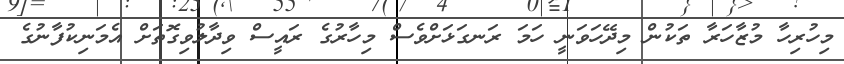
މިހުރިހާ މުޒާހަރާ ތަކުން މިދޭހަވަނީ ހަމަ ރަނގަޅަށްވެސް މިހާރުގެ ރައީސް ވިދާލުވިގޮތަށް އެމަނިކުފާނުގެ